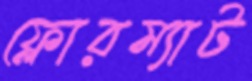
ফ্লোরম্যাট